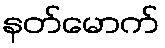
နတ်မောက်